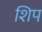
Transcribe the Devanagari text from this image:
शिप